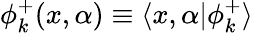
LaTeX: \phi_{k}^{+}(x,\alpha)\equiv\langle x,\alpha|\phi_{k}^{+}\rangle